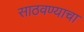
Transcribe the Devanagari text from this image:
साठवण्याचा